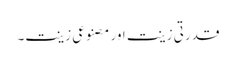
قدرتی زینت اور مصنوعی زینت۔